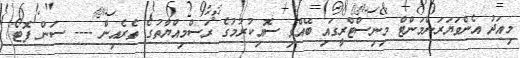
މިއަދު އެންވަޔަރަންމަންޓް މިނިސްޓްރީގައި ބޭއްވި ސޮއިކުރުމުގެ ރަސްމިއްޔާތުގެ ތެރެއިން ---- ސަން ފޮޓޯ/